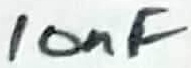
Text: 10nF